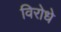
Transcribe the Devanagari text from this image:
विरोधे